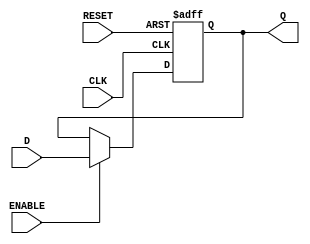
module FFD1(input wire CLK, D, ENABLE, RESET, output reg Q); 

	always @ (posedge CLK, posedge RESET) begin 
		
		if (RESET)
			Q <= 1'b0; 
		else if (ENABLE) 
			Q <= D; 
	end
endmodule 

module FFD2(input wire CLK, ENABLE, RESET, input wire [1:0] D, output wire [1:0] Q); 

	FFD1 M0(CLK, D[0], ENABLE, RESET, Q[0]); 
	FFD1 M1(CLK, D[0], ENABLE, RESET, Q[0]); 

endmodule 


module FFD4(input wire CLK, ENABLE, RESET, input wire [3:0] D, output wire [3:0] Q); 

	FFD1 B0(CLK, D[0], ENABLE, RESET, Q[0]); 
	FFD1 B1(CLK, D[1], ENABLE, RESET, Q[1]); 
	FFD1 B2(CLK, D[2], ENABLE, RESET, Q[2]); 
	FFD1 B3(CLK, D[3], ENABLE, RESET, Q[3]); 

endmodule